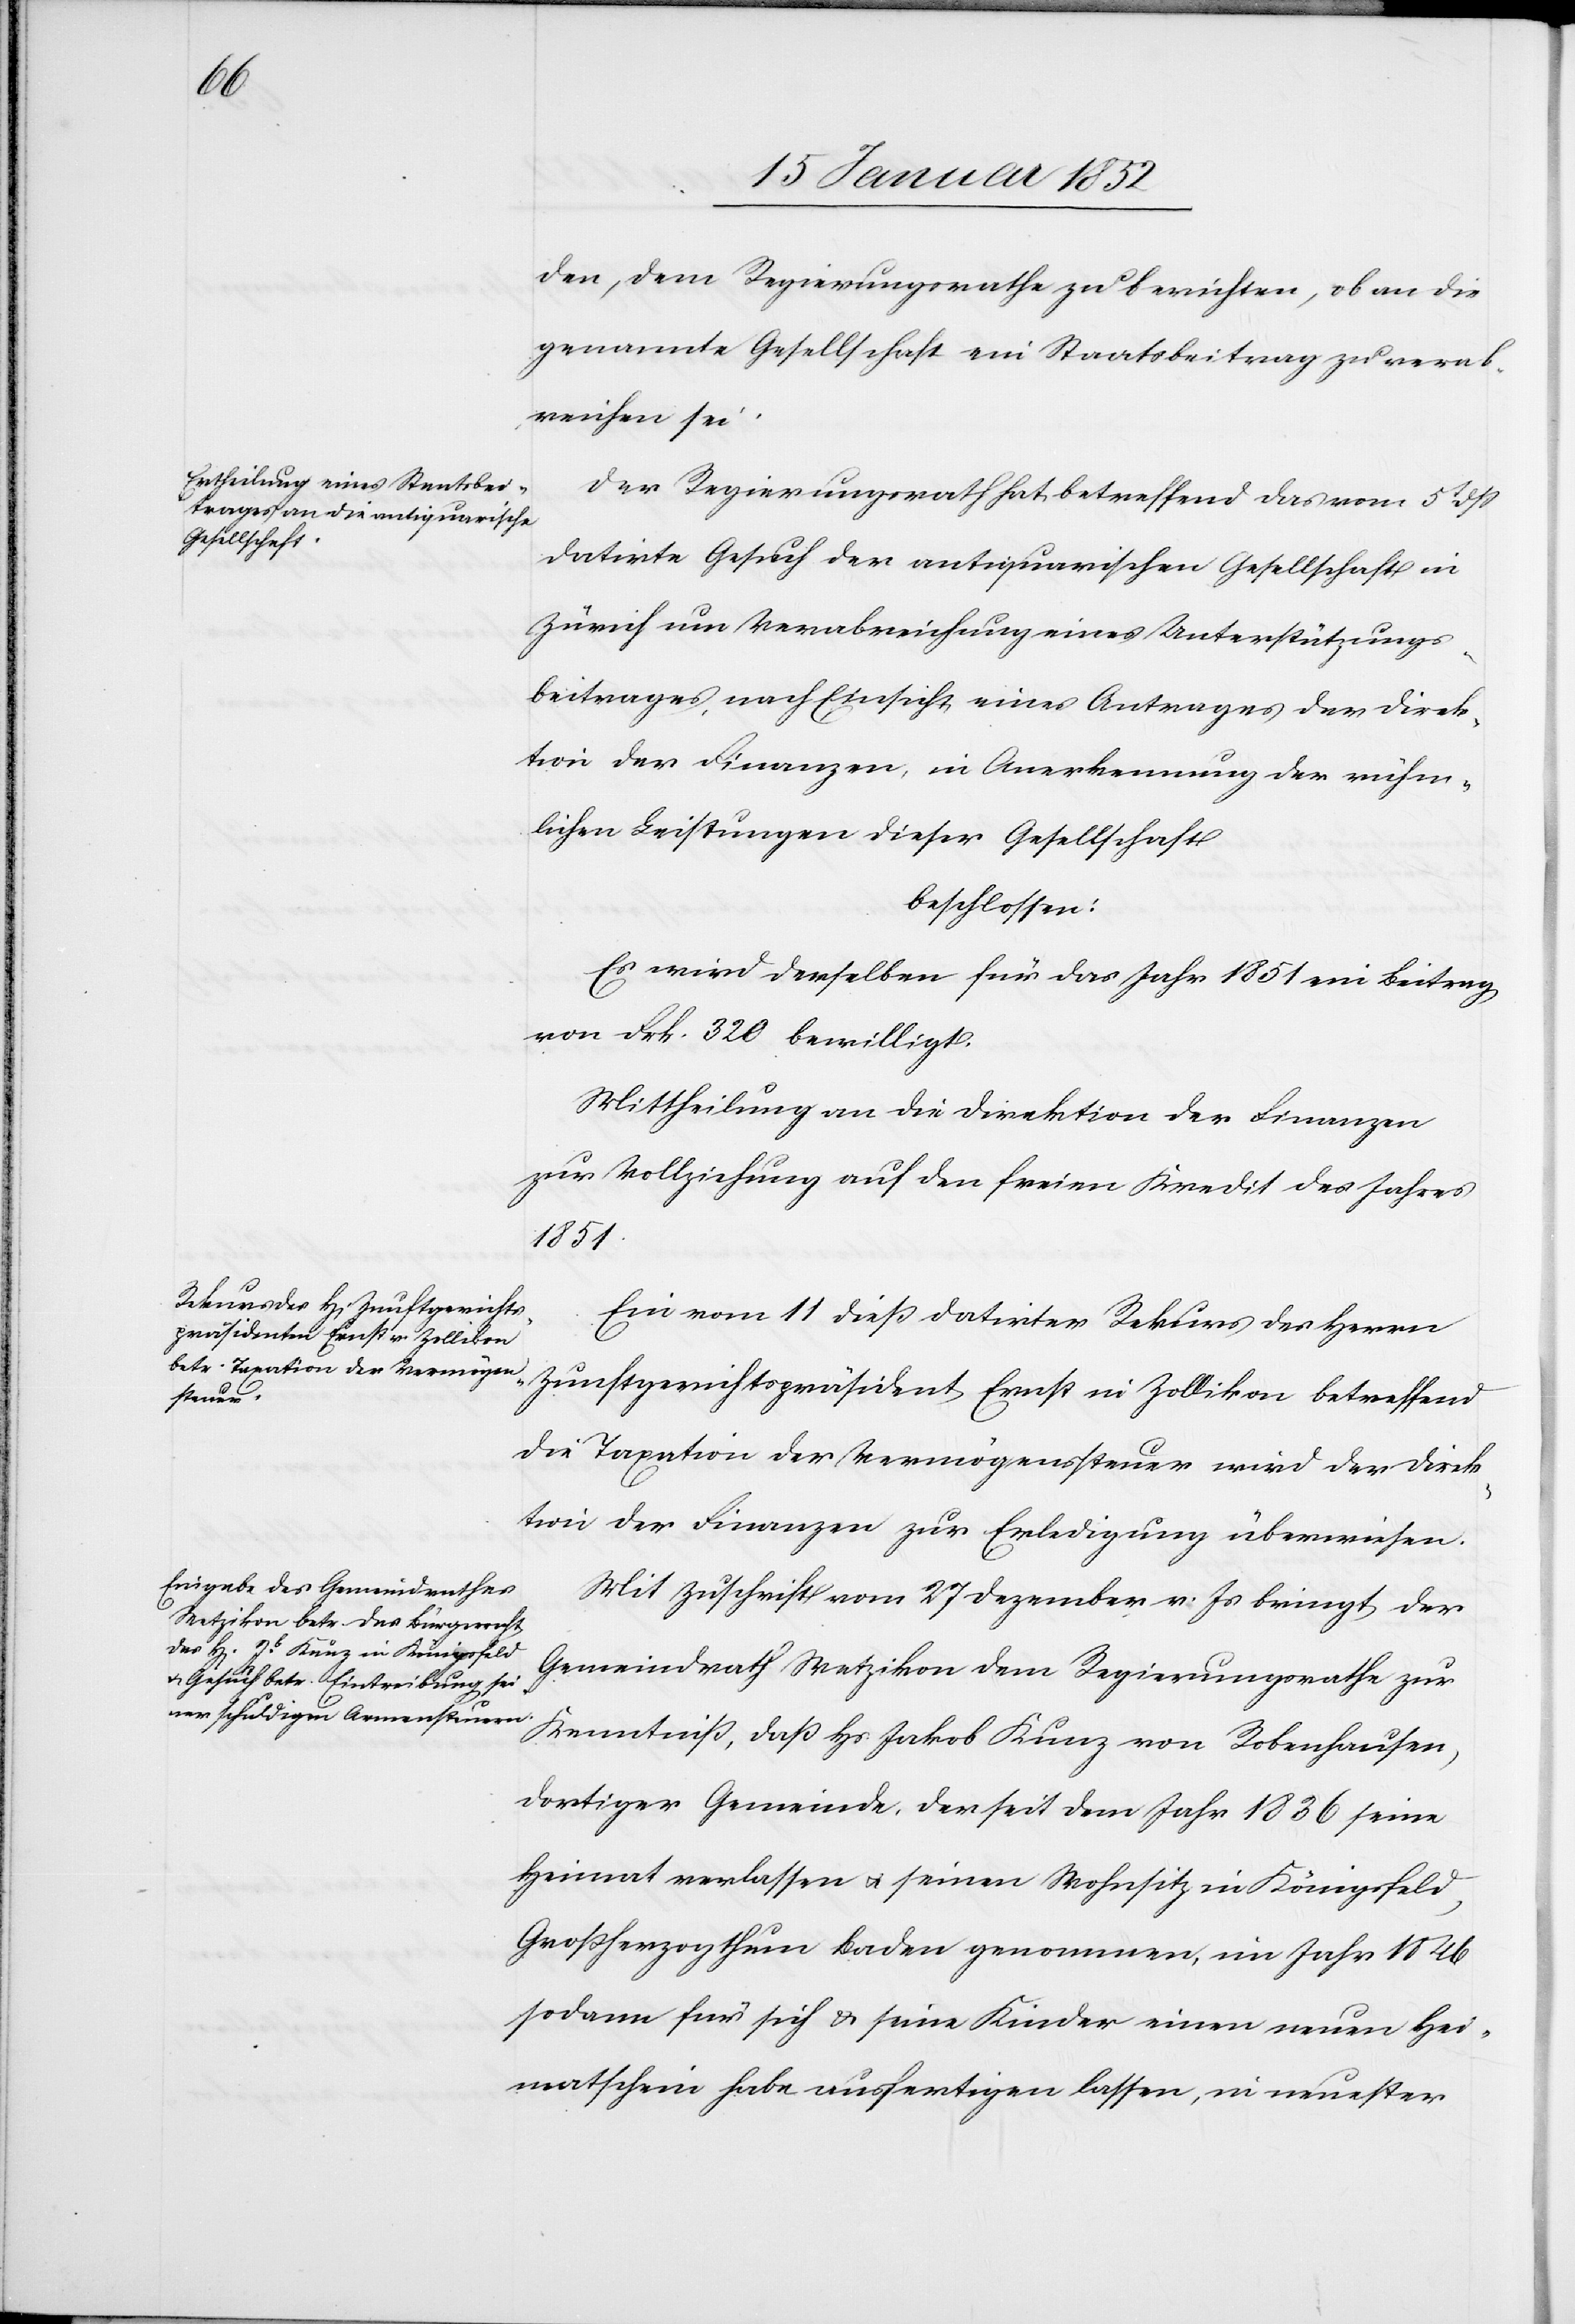
den, dem Regierungsrathe zu berichten, ob an die
genannte Gesellschaft ein Staatsbeitrag zu verab¬
reichen sei.
Der Regierungsrath hat betreffend das vom 5t dß
datirte Gesuch der antiquarischen Gesellschaft in
züri8ch um Verabreichung eines Unterstützungs¬
beitrages nach Einsicht eines Antrages der Direk¬
tion der Finanzen, in Anerkennung der rühm¬
lichen Leistungen dieser Gesellschaft
beschlossen:
Es wird derselben für das Jahr 1851 ein Beitrag
von Frk. 320 bewilligt.
Mittheilung an die Direktion der Finanzen
zur Vollziehung auf den freien Kredit des Jahres
1851.
Ein vom 11 dieß datirter Rekurs des Herrn
Zunftgerichtspräsident Ernst in Zollikon betreffend
die Taxation der Vermögenssteuer wird der Direk¬
tion der Finanzen zur Erledigung überwiesen.
Mit Zuschrift vom 27 Dezember v. Js bringt der
Gemeindrath Wetzikon dem Regierungsrathe zur
Kenntniß, daß Hs Jakob Kunz von Robenhausen,
dortiger Gemeinde, der seit dem Jahr 1836 seine
Heimat verlassen u. seinen Wohnsitz in Königsfeld,
Großherzogthum Baden genommen, im Jahr 1846
sodann für sich u. seine Kinder einen neuen Hei¬
mathschein habe ausfertigen lassen, in neuster